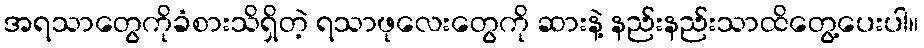
အရသာတွေကိုခံစားသိရှိတဲ့ ရသာဖုလေးတွေကို ဆားနဲ့ နည်းနည်းသာထိတွေ့ပေးပါ။